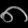
Digit: ၈